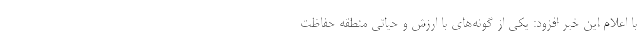
با اعلام این خبر افزود: یکی از گونه‌های با ارزش و حیاتی منطقه حفاظت